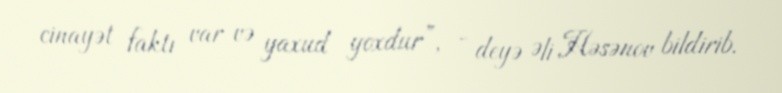
cinayət faktı var və yaxud yoxdur”, - deyə Əli Həsənov bildirib.